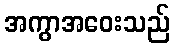
အကွာအဝေးသည်